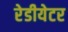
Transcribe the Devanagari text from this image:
रेडीयेटर